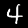
Label: 4